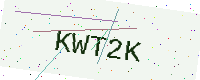
Text: KWT2K